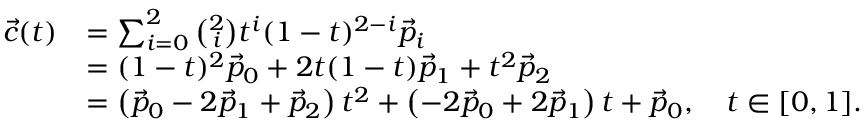
{ \begin{array} { r l } { { \vec { c } } ( t ) } & { = \sum _ { i = 0 } ^ { 2 } { \binom { 2 } { i } } t ^ { i } ( 1 - t ) ^ { 2 - i } { \vec { p } } _ { i } } \\ & { = ( 1 - t ) ^ { 2 } { \vec { p } } _ { 0 } + 2 t ( 1 - t ) { \vec { p } } _ { 1 } + t ^ { 2 } { \vec { p } } _ { 2 } } \\ & { = \left( { \vec { p } } _ { 0 } - 2 { \vec { p } } _ { 1 } + { \vec { p } } _ { 2 } \right) t ^ { 2 } + \left( - 2 { \vec { p } } _ { 0 } + 2 { \vec { p } } _ { 1 } \right) t + { \vec { p } } _ { 0 } , \quad t \in [ 0 , 1 ] . } \end{array} }